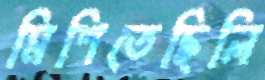
মিশিতেছিলি